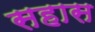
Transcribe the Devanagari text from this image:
सहास